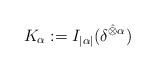
LaTeX: \begin{align*} K_{\alpha}:=I_{|\alpha|}(\delta^{\hat{\otimes} \alpha})\end{align*}